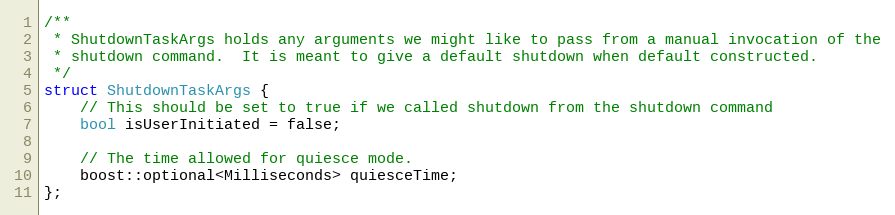
Language: C
/**
 * ShutdownTaskArgs holds any arguments we might like to pass from a manual invocation of the
 * shutdown command.  It is meant to give a default shutdown when default constructed.
 */
struct ShutdownTaskArgs {
    // This should be set to true if we called shutdown from the shutdown command
    bool isUserInitiated = false;

    // The time allowed for quiesce mode.
    boost::optional<Milliseconds> quiesceTime;
};